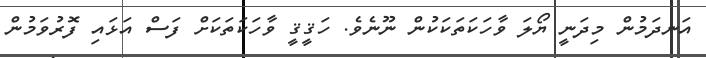
އަނދަމުން މިދަނީ ޔޯލަ ވާހަކަތަކަކުން ނޫނެވެ. ހަޤީޤީ ވާހަކަތަކަށް ފަސް އަޅައި ފޮރުވަމުން